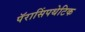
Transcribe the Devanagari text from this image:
पॅरासिंपथेटिक